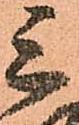
三